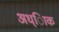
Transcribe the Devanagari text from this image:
अध्ािक